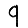
Digit: 9